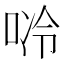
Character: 唥